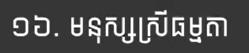
១៦. មនុស្សស្រីធម្មតា